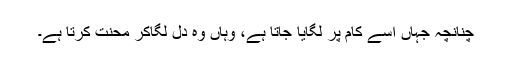
چنانچہ جہاں اسے کام پر لگایا جاتا ہے، وہاں وہ دل لگاکر محنت کرتا ہے۔